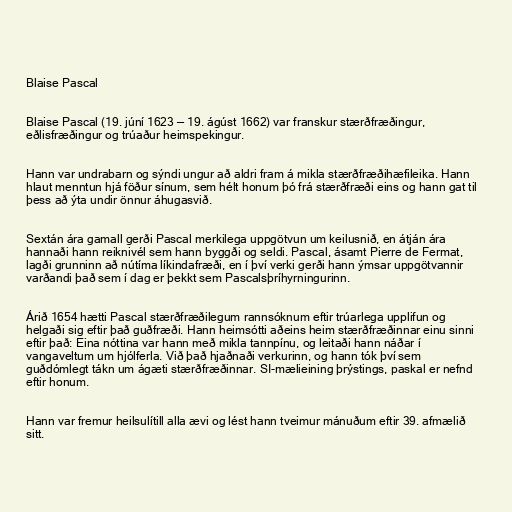
Blaise Pascal

Blaise Pascal (19. júní 1623 — 19. ágúst 1662) var franskur stærðfræðingur,
eðlisfræðingur og trúaður heimspekingur.

Hann var undrabarn og sýndi ungur að aldri fram á mikla stærðfræðihæfileika. Hann
hlaut menntun hjá föður sínum, sem hélt honum þó frá stærðfræði eins og hann gat til
þess að ýta undir önnur áhugasvið.

Sextán ára gamall gerði Pascal merkilega uppgötvun um keilusnið, en átján ára
hannaði hann reiknivél sem hann byggði og seldi. Pascal, ásamt Pierre de Fermat,
lagði grunninn að nútíma líkindafræði, en í því verki gerði hann ýmsar uppgötvannir
varðandi það sem í dag er þekkt sem Pascalsþríhyrningurinn.

Árið 1654 hætti Pascal stærðfræðilegum rannsóknum eftir trúarlega upplifun og
helgaði sig eftir það guðfræði. Hann heimsótti aðeins heim stærðfræðinnar einu sinni
eftir það: Eina nóttina var hann með mikla tannpínu, og leitaði hann náðar í
vangaveltum um hjólferla. Við það hjaðnaði verkurinn, og hann tók því sem
guðdómlegt tákn um ágæti stærðfræðinnar. SI-mælieining þrýstings, paskal er nefnd
eftir honum.

Hann var fremur heilsulítill alla ævi og lést hann tveimur mánuðum eftir 39. afmælið
sitt.